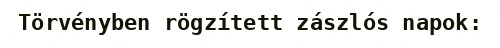
Törvényben rögzített zászlós napok: